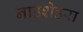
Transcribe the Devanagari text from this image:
नाउशेहरा